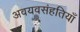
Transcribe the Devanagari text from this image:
अवयवसंहतियाँ